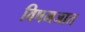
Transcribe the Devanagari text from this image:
विषमजात